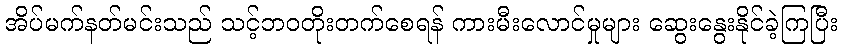
အိပ်မက်နတ်မင်းသည် သင့်ဘဝတိုးတက်စေရန် ကားမီးလောင်မှုများ ဆွေးနွေးနိုင်ခဲ့ကြပြီး